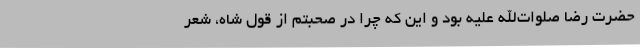
حضرت رضا صلوات‌الله علیه بود و این که چرا در صحبتم از قول شاه، شعر